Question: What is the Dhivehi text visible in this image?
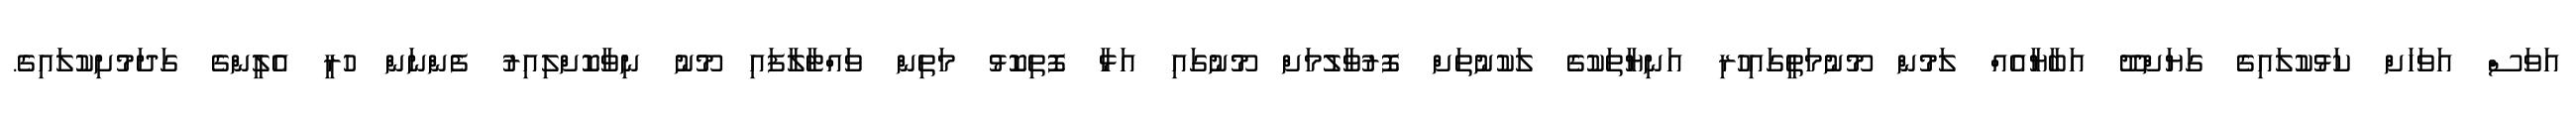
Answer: އަވަސް އަވަހަށް ކަޅުކުލައިގެ ގަޔަށްދޫ އަބާޔާއެއް ލަމުން މޫނުމަތީގައިހުރި އަނިޔާތަކުގެ ލަކުނުތަށް ފޮރުވާލުމަށް މޫނުގައި އަޅާ ފޮތިކޮޅު މަތިން ވައްޓާލާފައި މޫނު ނިވާކޮށްލިއިރު ފެންނަން ހުރީ އެލީންގެ ގަދަމުށިކުލައިގެ.